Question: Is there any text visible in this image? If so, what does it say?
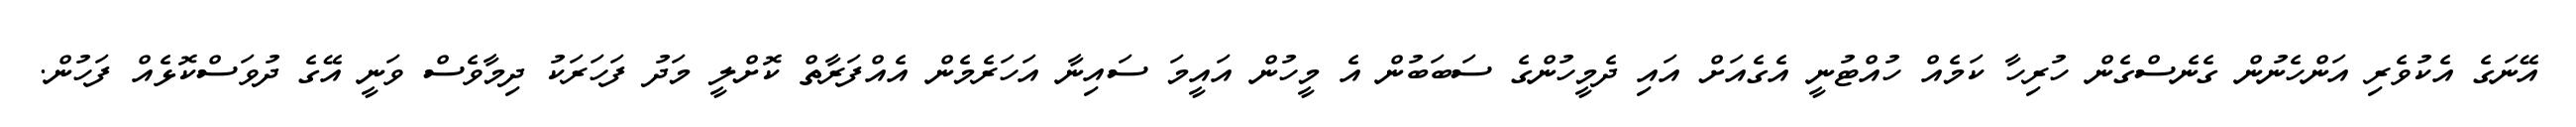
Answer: އޭނަގެ އެކުވެރި އަންހެނުން ގެނެސްގެން ހުރިހާ ކަމެއް ހުއްޓުނީ އެގެއަށް އައި ދެމީހުންގެ ސަބަބުން އެ މީހުން އައީމަ ސައިނާ އަހަރެމެން އެއްފަރާތް ކޮށްލީ މަދު ފަހަރަކު ދިމާވެސް ވަނީ އޭގެ ދުވަސްކޮޅެއް ފަހުން.